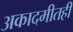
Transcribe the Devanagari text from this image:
अकादमीतही